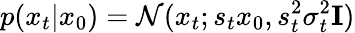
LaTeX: p(x_{t}|x_{0})=\mathcal{N}(x_{t};s_{t}x_{0},s_{t}^{2}\sigma_{t}^{2}\textbf{I})